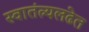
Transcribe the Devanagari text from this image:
स्वातंत्र्यलढेत